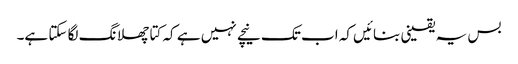
بس یہ یقینی بنائیں کہ اب تک نیچے نہیں ہے کہ کتا چھلانگ لگا سکتا ہے۔